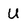
Character: U